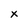
Character: x